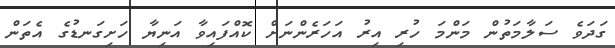
ގަދަވެ ސަލާމަތުން މަންމަ ހުރި އިރު އަހަރެންނަށް ކޮއްފައިވާ އަނިޔާ ހަށިގަނޑުގެ އެތަން